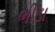
ભીડા